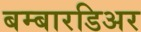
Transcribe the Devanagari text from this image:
बम्बारडिअर